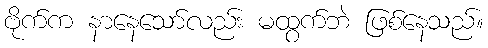
ဗိုက်က နာနေသော်လည်း မထွက်ဘဲ ဖြစ်နေသည်။